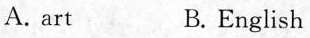
A. art B.English